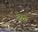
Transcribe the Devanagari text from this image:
सर